画像に写った文字を読んでください
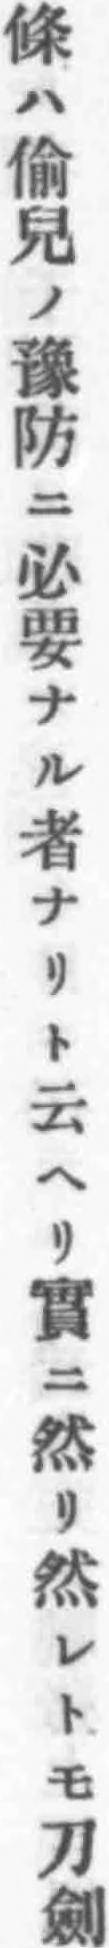
「條ハ偷兒ノ豫防ニ必要ナル者ナリト云ヘリ實ニ然リ然レトモ刀劍」と書いてあります